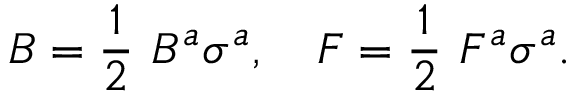
B = \frac { 1 } { 2 } ~ B ^ { a } \sigma ^ { a } , \quad F = \frac { 1 } { 2 } ~ F ^ { a } \sigma ^ { a } .